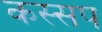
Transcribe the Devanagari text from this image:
कस्सप